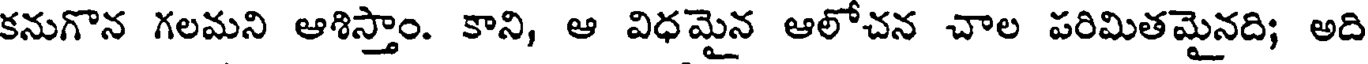
కనుగొన గలమని ఆశిస్తాం. కాని, ఆ విధమైన ఆలోచన చాల పరిమితమైనది; అది